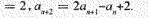
= 2，$$a_{n + 2} = 2a_{n + 1} - a_{n} + 2.$$